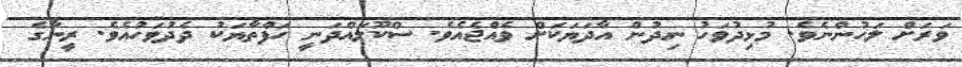
ވަރަށް ލަހުންނެވެ. މުޅިދުވަހު ނިދުން އާދަޔަކަށް ވެއްޖެއެވެ. ސްކޫލައްދަނީ ހަފްތާޔަކު ދެދުވަހުއެވެ. ރީނާގެ